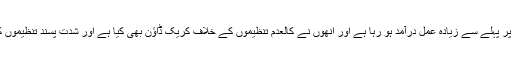
دوسری جانب حکومت یہ دعویٰ کر رہی ہے کہ نیشنل ایکشن پلان پر پہلے سے زیادہ عمل درآمد ہو رہا ہے اور انھوں نے کالعدم تنظیموں کے خلاف کریک ڈاؤن بھی کیا ہے اور شدت پسند تنظیموں کو قومی دھارے میں لانے کے لیے اقدامات بھی کیے جا رہے ہیں۔